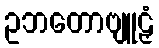
ဥဘတောဗျူဠှံ